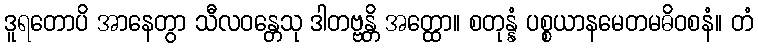
ဒူရတောပိ အာနေတွာ သီလဝန္တေသု ဒါတဗ္ဗန္တိ အတ္ထော။ စတုန္နံ ပစ္စယာနမေတမဓိဝစနံ။ တံ